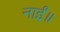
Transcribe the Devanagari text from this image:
नाईं॥